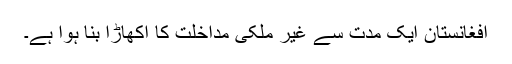
افغانستان ایک مدت سے غیر ملکی مداخلت کا اکھاڑا بنا ہوا ہے۔